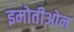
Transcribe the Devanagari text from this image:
इमोतीओन